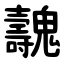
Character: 魗